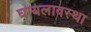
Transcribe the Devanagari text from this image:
घायलावस्था